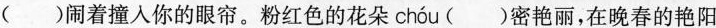
()闹着撞人你的眼帘。粉红色的花朵 chóu ()密艳丽，在晚春的艳阳